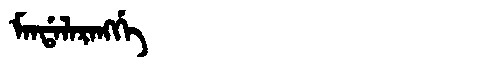
Manchu: ᠮᠠᠨᡩᠠᠯᠠᡵᠠᠩᡤᡝ
Romanization: MANDALARANGGE